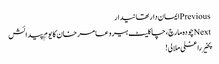
Previousایمان دار تھانیدار
Nextچودہ مارچ، چاکلیٹ ہیرو عامر خان کا یومِ پیدائش
پخیر راغلی ملالی!